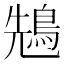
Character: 𪀷